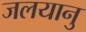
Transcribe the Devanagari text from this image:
जलयानु